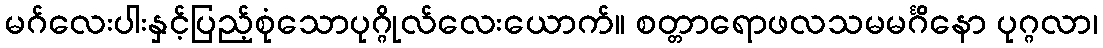
မဂ်လေးပါးနှင့်ပြည့်စုံသောပုဂ္ဂိုလ်လေးယောက်။ စတ္တာရောဖလသမမင်္ဂိနော ပုဂ္ဂလာ၊